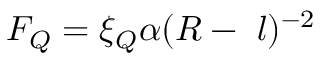
F _ { Q } = \xi _ { Q } \alpha ( R - ~ l ) ^ { - 2 }